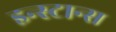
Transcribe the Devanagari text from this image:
इन्स्टान्स